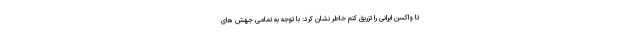
تا واکسن ایرانی را تزریق کنم خاطر نشان کرد: با توجه به تمامی جهش های